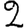
Digit: 2